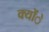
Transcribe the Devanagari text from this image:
क्योंे